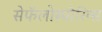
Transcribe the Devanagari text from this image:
सेफॅलोस्पोरिन्स